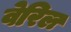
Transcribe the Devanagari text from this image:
वेरिल